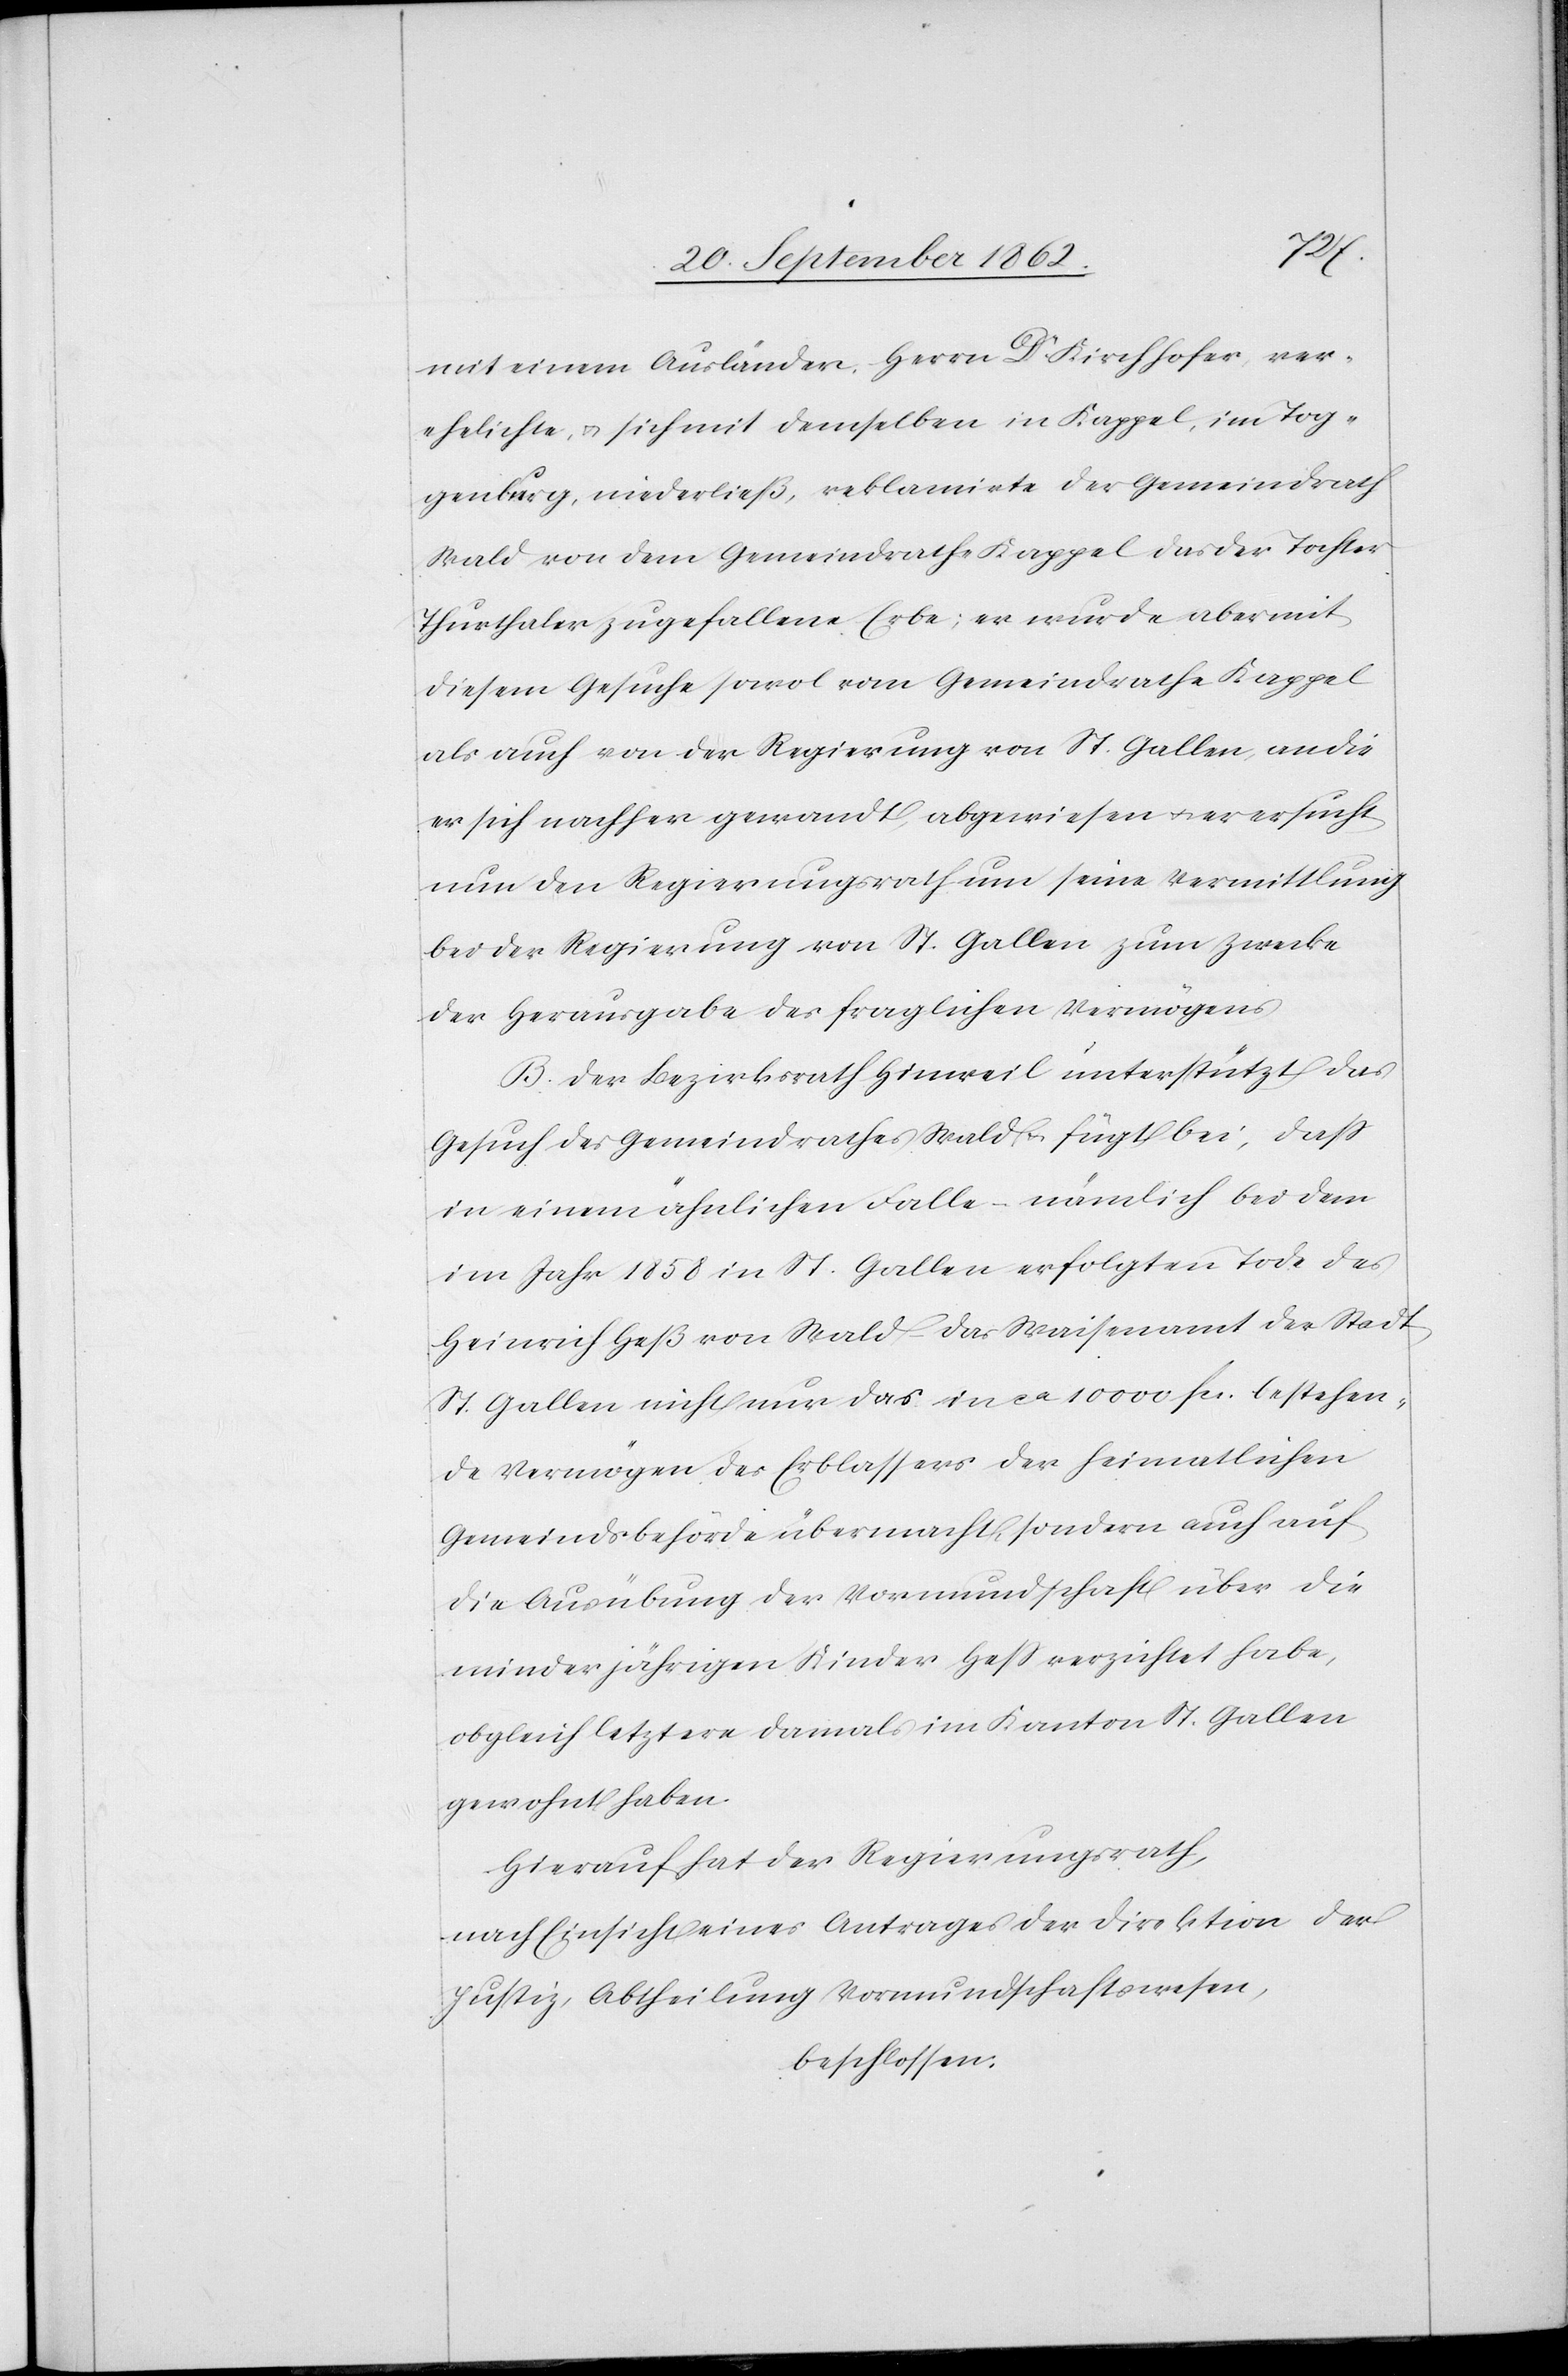
mit einem Ausländer, Herrn Dr. Kirchhofer, ver¬
ehelichte, u. sich mit demselben in Kappel, im Tog¬
genburg, niederließ, reklamirte der Gemeindrath
Wald von dem Gemeindrathe Kappel das der Tochter
Thurthaler zugefallene Erbe; er wurde aber mit
diesem Gesuche sowol vom Gemeindrathe Kappel
als auch von der Regierung von St. Gallen, an die
er sich nachher gewandt, abgewiesen u. er ersucht
nun den Regierungsrath um seine Vermittlung
bei der Regierung von St. Gallen zum Zwecke
der Herausgabe des fraglichen Vermögens.
B. Der Bezirksrath Hinweil unterstützt das
Gesuch des Gemeindrathes Wald u. fügt bei, daß
in einem ähnlichen Falle – nämlich bei dem
im Jahr 1858 in St. Gallen erfolgten Tode des
Heinrich Heß von Wald – das Waisenamt der Stadt
St. Gallen nicht nur das in ca 10 000 fcs. bestehen¬
de Vermögen des Erblassers der heimatlichen
Gemeindsbehörde übermacht, sondern auch auf
die Ausübung der Vormundschaft über die
minderjährigen Kinder Heß verzichtet habe,
obgleich letztere damals im Kanton St. Gallen
gewohnt habe.
Hierauf hat der Regierungsrath,
nach Einsicht eines Antrages der Direktion der
Justiz, Abtheilung Vormundschaftswesen,
beschlossen: